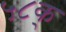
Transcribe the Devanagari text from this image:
५८क्